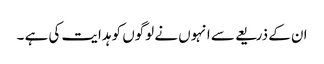
ان کے ذریعے سے انہوں نے لوگوں کو ہدایت کی ہے ۔